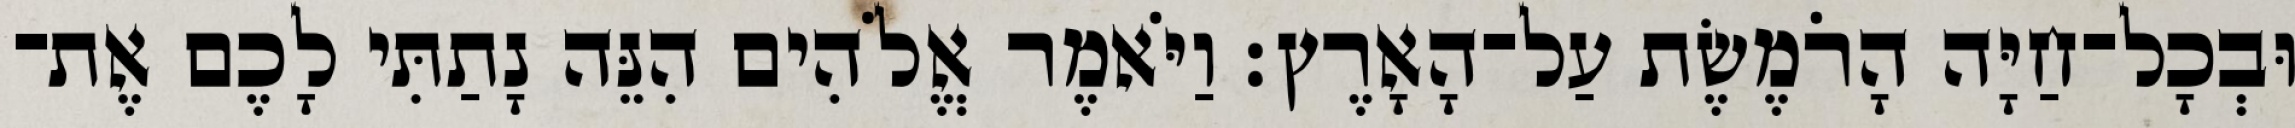
וּבְכָל־חַיָּה הָרֹמֶשֶׂת עַל־הָאָרֶץ׃ וַיֹּאמֶר אֱלֹהִים הִנֵּה נָתַתִּי לָכֶם אֶת־